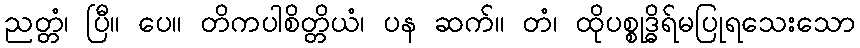
ညတ္တံ၊ ပြီ။ ပေ။ တိကပါစိတ္တိယံ၊ ပန ဆက်။ တံ၊ ထိုပစ္စုဒ္ဓိရ်မပြုရသေးသော